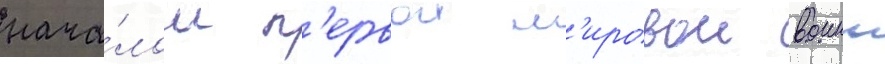
нача́лом п'ервои м'ировои воины